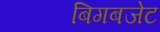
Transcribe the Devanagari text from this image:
बिगबजेट